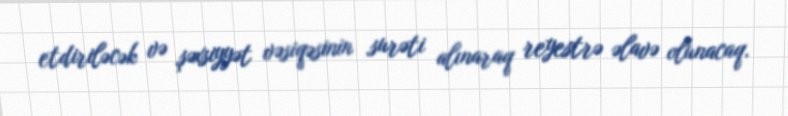
etdiriləcək və şəxsiyyət vəsiqəsinin surəti alınaraq reyestrə əlavə olunacaq.